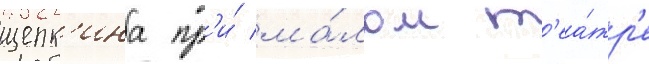
щепк'ина пр'и́ ма́лом т'еа́тр'е